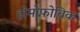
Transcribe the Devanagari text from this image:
होमोफ़ोबिक